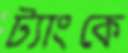
ট্যাংকে